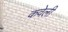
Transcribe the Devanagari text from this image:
कवेली